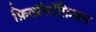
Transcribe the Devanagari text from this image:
फ़िलॉसॉफ़ियन